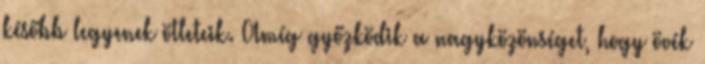
később legyenek ötleteik. Amíg győzködik a nagyközönséget, hogy övék